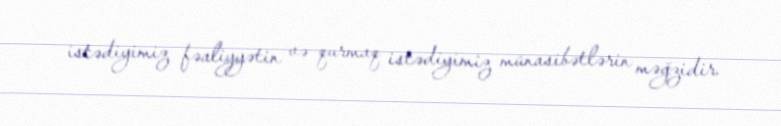
istədiyimiz fəaliyyətin və qurmaq istədiyimiz münasibətlərin məğzidir.